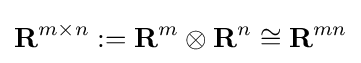
\mathbf {R} ^{m\times n}:=\mathbf {R} ^{m}\otimes \mathbf {R} ^{n}\cong \mathbf {R} ^{mn}